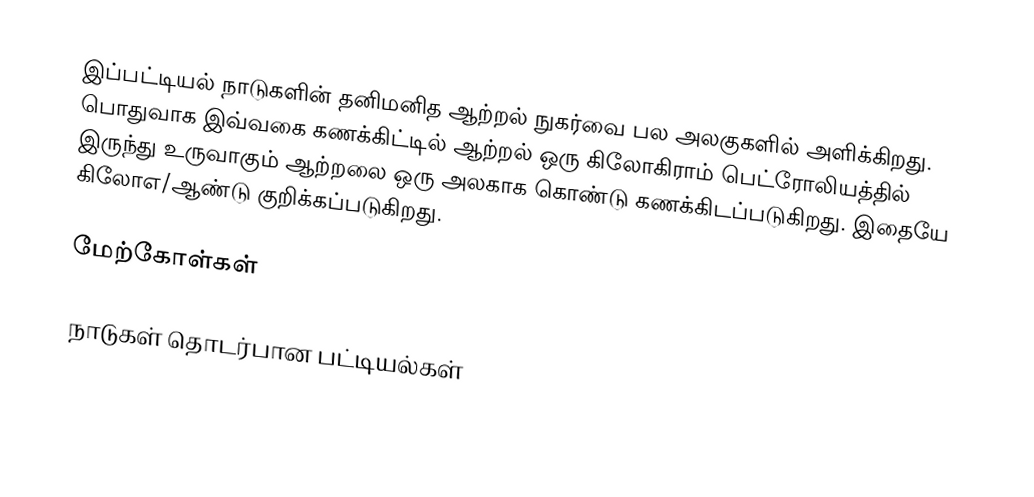
இப்பட்டியல் நாடுகளின் தனிமனித ஆற்றல் நுகர்வை பல அலகுகளில் அளிக்கிறது. பொதுவாக இவ்வகை கணக்கிட்டில் ஆற்றல் ஒரு கிலோகிராம் பெட்ரோலியத்தில் இருந்து உருவாகும் ஆற்றலை ஒரு அலகாக கொண்டு கணக்கிடப்படுகிறது. இதையே கிலோஎ/ஆண்டு குறிக்கப்படுகிறது.

மேற்கோள்கள்

நாடுகள் தொடர்பான பட்டியல்கள்